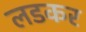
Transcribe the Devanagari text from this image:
लडकर